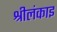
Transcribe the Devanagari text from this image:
श्रीलंकाइ